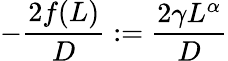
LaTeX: -\frac{2f(L)}{D}:=\frac{2\gamma L^{\alpha}}{D}